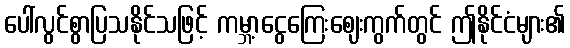
ပေါ်လွင်စွာပြသနိုင်သဖြင့် ကမ္ဘာ့ငွေကြေးဈေးကွက်တွင် ဤနိုင်ငံများ၏